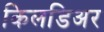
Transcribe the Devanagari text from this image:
किलडिअर